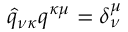
\widehat { q } _ { \nu \kappa } q ^ { \kappa \mu } = \delta _ { \nu } ^ { \mu }